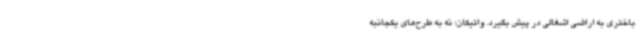
باختری به اراضی اشغالی در پیش بگیرد. واتیکان؛ نه به طرح‌های یکجانبه